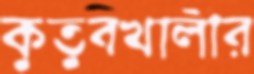
কুতুবখালীর